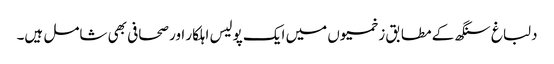
دلباغ سنگھ کے مطابق زخمیوں میں ایک پولیس اہلکار اور صحافی بھی شامل ہیں۔